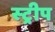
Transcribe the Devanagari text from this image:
स्‍ट्रीप